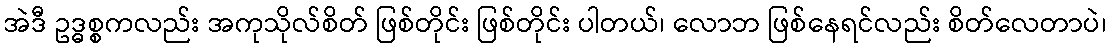
အဲဒီ ဥဒ္ဓစ္စကလည်း အကုသိုလ်စိတ် ဖြစ်တိုင်း ဖြစ်တိုင်း ပါတယ်၊ လောဘ ဖြစ်နေရင်လည်း စိတ်လေတာပဲ၊